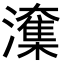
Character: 𭳑